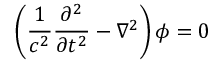
\left( \frac { 1 } { c ^ { 2 } } \frac { \partial ^ { 2 } } { \partial t ^ { 2 } } - \nabla ^ { 2 } \right) \phi = 0